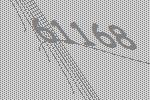
61168